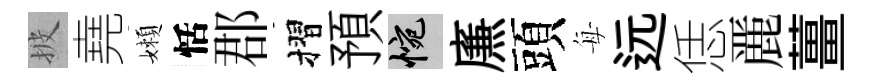
披堯嬾恬郡摺預惋㢘頭每远恁䴡薑